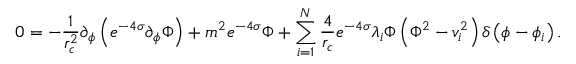
0 = - \frac { 1 } { r _ { c } ^ { 2 } } \partial _ { \phi } \left( e ^ { - 4 \sigma } \partial _ { \phi } \Phi \right) + m ^ { 2 } e ^ { - 4 \sigma } \Phi + \sum _ { i = 1 } ^ { N } \frac { 4 } { r _ { c } } e ^ { - 4 \sigma } \lambda _ { i } \Phi \left( \Phi ^ { 2 } - v _ { i } ^ { 2 } \right) \delta \left( \phi - \phi _ { i } \right) .